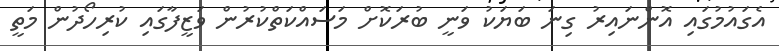
އެގައުމުގައި އޮންނައިރު ގިނަ ބަޔަކު ވަނީ ބުރަކޮށް މަސައްކަތްކުރުން ވަޒީފާގައި ކުރިހޯދުން މަތީ